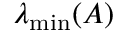
\lambda _ { \mathrm { m i n } } ( A )